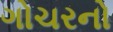
ગોચરનો